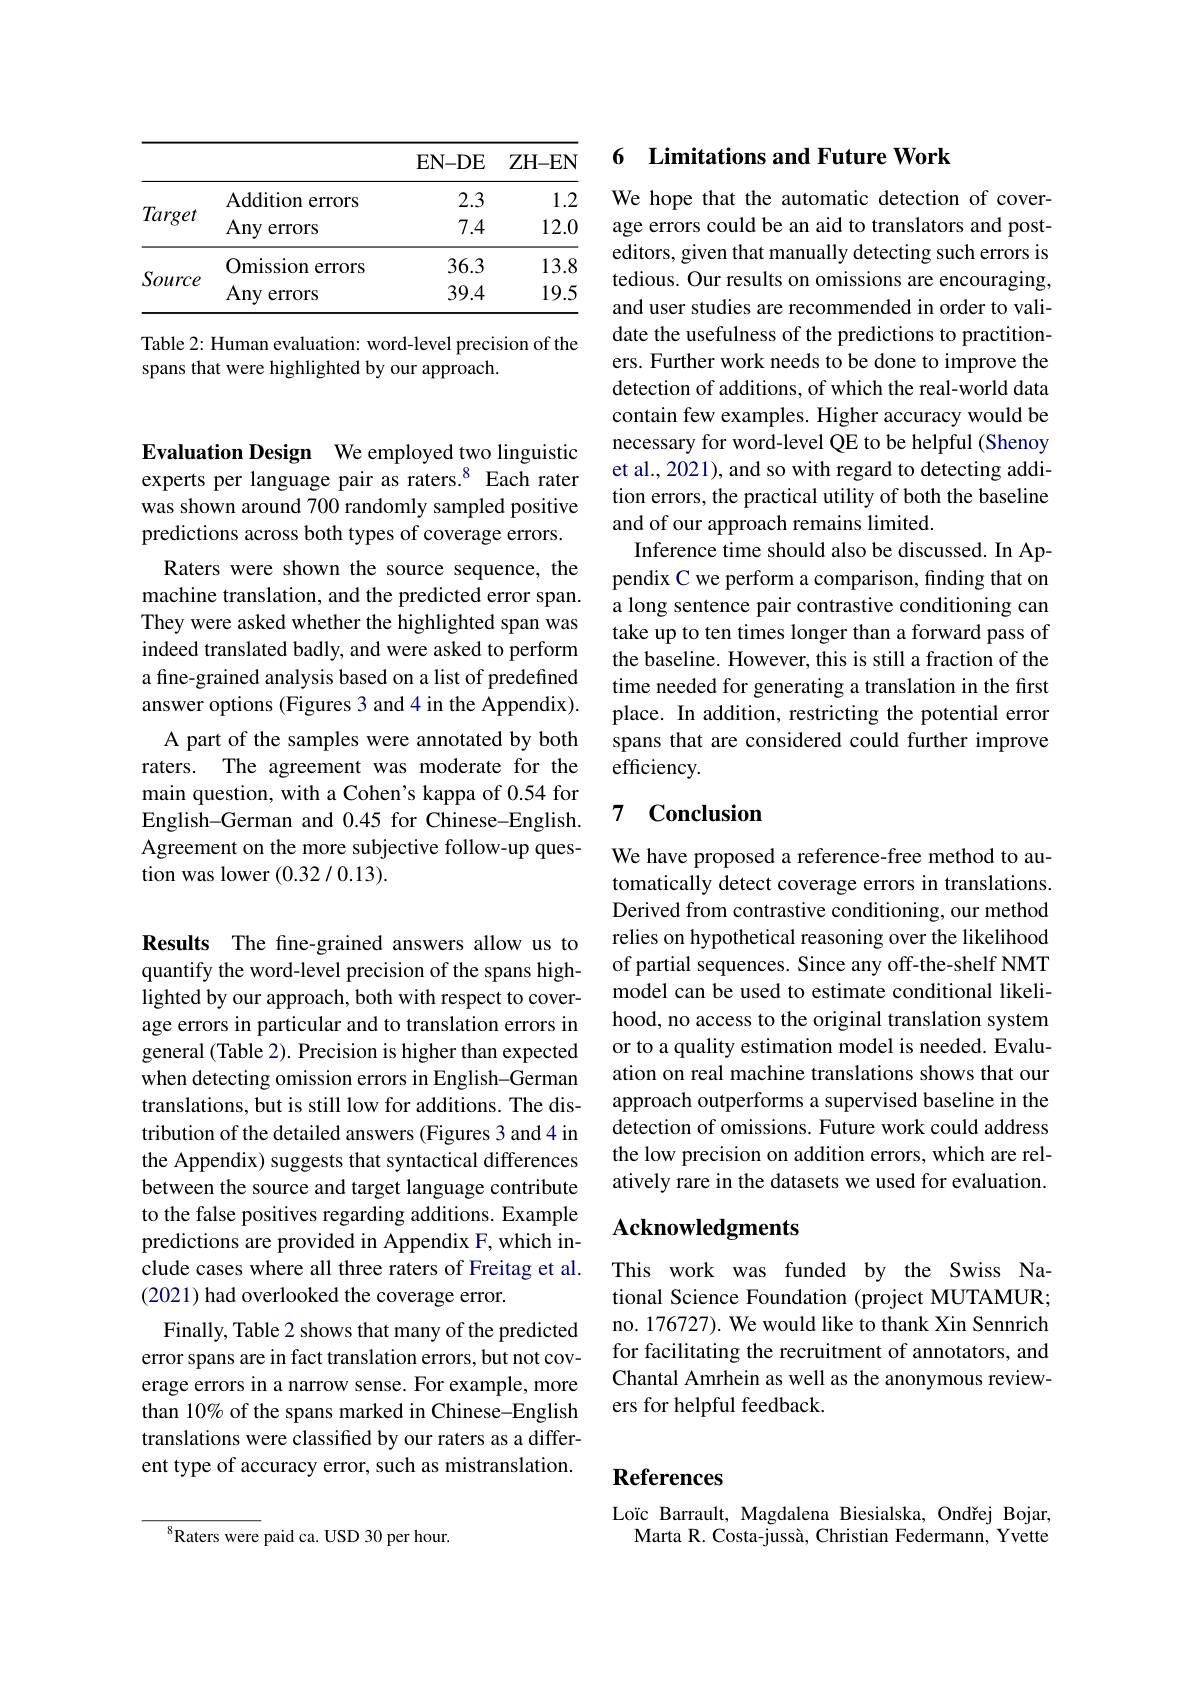
<table>
	<tbody>
		<tr>
			<th> </th>
			<th> </th>
			<th>$\mathbf{EN-DE}$</th>
			<th>ZH- EN</th>
		</tr>
		<tr>
			<td rowspan="2">Target</td>
			<td>Addition errors</td>
			<td>2.3</td>
			<td>1.2</td>
		</tr>
		<tr>
			<td>Any errors</td>
			<td>7.4</td>
			<td>12.0</td>
		</tr>
		<tr>
			<td rowspan="2">Source</td>
			<td>Omission errors</td>
			<td>36.3</td>
			<td>13.8</td>
		</tr>
		<tr>
			<td>Any errors</td>
			<td>39.4</td>
			<td>19.5</td>
		</tr>
	</tbody>
</table>

Table 2: Human evaluation: word-level precision of the
spans that were highlighted by our approach.

Evaluation Design We employed two linguistic experts per language pair as raters.$^{8}$ Each rater was shown around 700 randomly sampled positive predictions across both types of coverage errors.

Raters were shown the source sequence, the machine translation, and the predicted error span. They were asked whether the highlighted span was indeed translated badly, and were asked to perform a fine-grained analysis based on a list of predefined answer options (Figures 3 and 4 in the Appendix).
A part of the samples were annotated by both raters. The agreement was moderate for the main question, with a Cohen's kappa of 0.54 for English-German and 0.45 for Chinese-English. Agreement on the more subjective follow-up question was lower (0.32/0.13).

Results The fine-grained answers allow us to quantify the word-level precision of the spans highlighted by our approach, both with respect to coverage errors in particular and to translation errors in general (Table 2). Precision is higher than expected when detecting omission errors in English-German translations, but is still low for additions. The distribution of the detailed answers (Figures 3 and 4 in the Appendix) suggests that syntactical differences between the source and target language contribute to the false positives regarding additions. Example predictions are provided in Appendix F, which include cases where all three raters of Freitag et al. (2021) had overlooked the coverage error.
Finally, Table 2 shows that many of the predicted error spans are in fact translation errors, but not coverage errors in a narrow sense. For example, more than 10% of the spans marked in Chinese-English translations were classified by our raters as a different type of accuracy error, such as mistranslation.

$^{8}$Raters were paid ca. USD 30 per hour.

## 6 Limitations and Future Work

We hope that the automatic detection of coverage errors could be an aid to translators and posteditors, given that manually detecting such errors is tedious. Our results on omissions are encouraging, and user studies are recommended in order to validate the usefulness of the predictions to practitioners. Further work needs to be done to improve the detection of additions, of which the real-world data contain few examples. Higher accuracy would be necessary for word-level QE to be helpful (Shenoy et al., 2021), and so with regard to detecting addition errors, the practical utility of both the baseline and of our approach remains limited.
Inference time should also be discussed. In Appendix C we perform a comparison, finding that on a long sentence pair contrastive conditioning can take up to ten times longer than a forward pass of the baseline. However, this is still a fraction of the time needed for generating a translation in the first place. In addition, restricting the potential error spans that are considered could further improve efficiency.

# 7 Conclusion

We have proposed a reference-free method to automatically detect coverage errors in translations. Derived from contrastive conditioning, our method relies on hypothetical reasoning over the likelihood of partial sequences. Since any off-the-shelf NMT model can be used to estimate conditional likelihood, no access to the original translation system or to a quality estimation model is needed. Evaluation on real machine translations shows that our approach outperforms a supervised baseline in the detection of omissions. Future work could address the low precision on addition errors, which are relatively rare in the datasets we used for evaluation.

## Acknowledgments

This work was funded by the Swiss National Science Foundation (project MUTAMUR; no. 176727). We would like to thank Xin Sennrich for facilitating the recruitment of annotators, and Chantal Amrhein as well as the anonymous reviewers for helpful feedback.

# References

Loïc Barrault, Magdalena Biesialska, Ondřej Bojar,
Marta R. Costa-jussà, Christian Federmann, Yvette